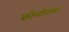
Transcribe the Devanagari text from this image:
कोलीवाडा